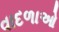
વાદળાઓ